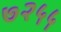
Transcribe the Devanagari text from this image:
७२५५